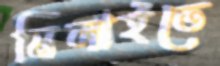
মিলাইতে